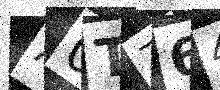
Text: A0TZ64